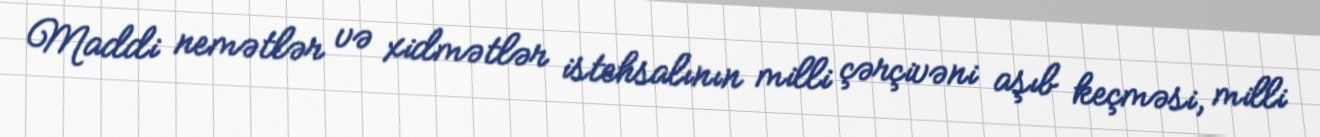
Maddi nemətlər və xidmətlər istehsalının milli çərçivəni aşıb keçməsi, milli